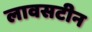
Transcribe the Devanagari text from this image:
लावसटीन